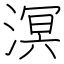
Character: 溟